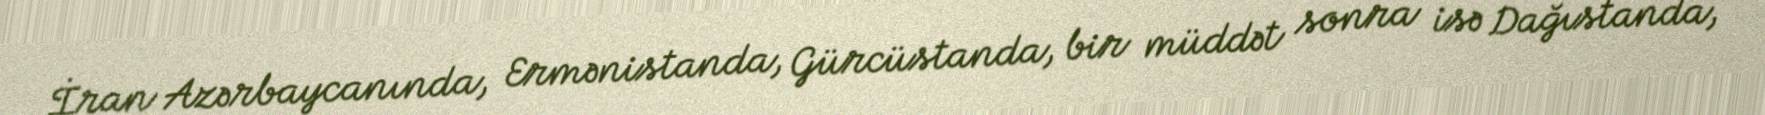
İran Azərbaycanında, Ermənistanda, Gürcüstanda, bir müddət sonra isə Dağıstanda,